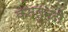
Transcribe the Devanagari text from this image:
कदलुन्दी